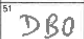
Transcription: DBO